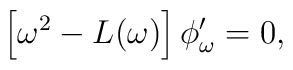
\left[\omega^2-L(\omega)\right]\phi'_\omega=0,